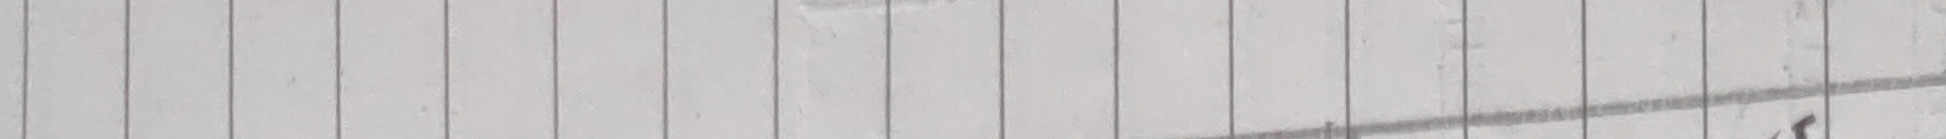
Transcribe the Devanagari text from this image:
र